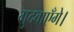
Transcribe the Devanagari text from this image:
गुदवाएँगे।